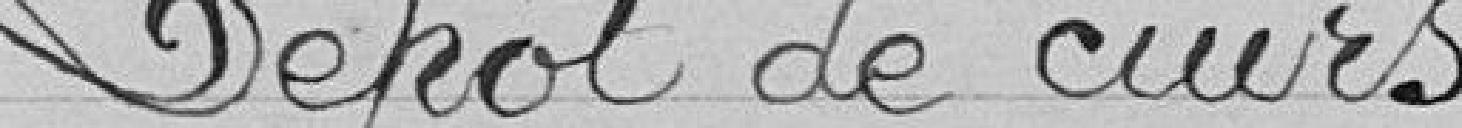
Dépôt de cuirs